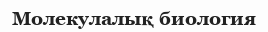
Молекулалық биология